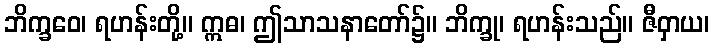
ဘိက္ခဝေ၊ ရဟန်းတို့။ ဣဓ၊ ဤသာသနာတော်၌။ ဘိက္ခု၊ ရဟန်းသည်။ ဇီဝှာယ၊